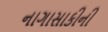
નાગાસાકીની